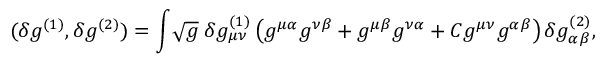
( \delta g ^ { ( 1 ) } , \delta g ^ { ( 2 ) } ) = \int \! \sqrt { g } \; \delta g _ { \mu \nu } ^ { ( 1 ) } \left( g ^ { \mu \alpha } g ^ { \nu \beta } + g ^ { \mu \beta } g ^ { \nu \alpha } + C g ^ { \mu \nu } g ^ { \alpha \beta } \right) \delta g _ { \alpha \beta } ^ { ( 2 ) } ,